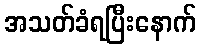
အသတ်ခံရပြီးနောက်